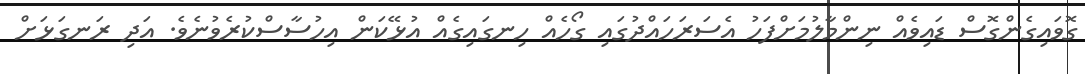
ގޮވައިގެންގޮސް ޑައިވެއް ނިންމާލުމަށްފަހު އެސަރަހައްދުގައި ގޯހެއް ހިނގައިގެއް އުޅޭކަން އިހުސާސްކުރެވުނެވެ. އަދި ރަނގަޅަށް